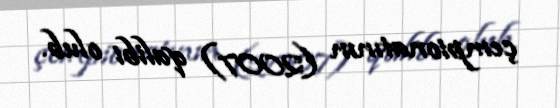
çempionatının (2007) qalibi olub.